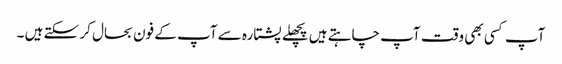
آپ کسی بھی وقت آپ چاہتے ہیں پچھلے پشتارہ سے آپ کے فون بحال کر سکتے ہیں ۔